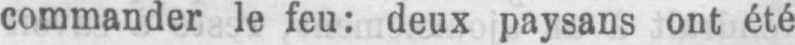
commander le feu: deux paysans ont été